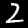
Label: 2